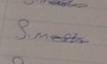
Signature authenticity: genuine